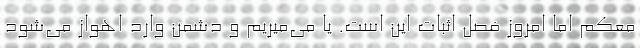
معکم اما امروز فصل اثبات این است. یا می‌میریم و دشمن وارد اهواز می‌شود